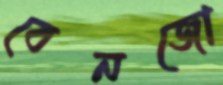
বেনজো